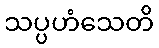
သပ္ပဟံသေတိ